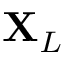
\mathbf { X } _ { L }